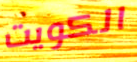
الكويت